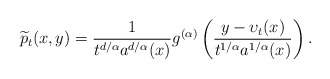
\begin{align*}\widetilde p_t(x,y)= \frac{1}{t^{d/\alpha}a^{d/\alpha}(x)}g^{(\alpha)}\left({y-\upsilon_t(x)\over t^{1/\alpha}a^{1/\alpha}(x)}\right).\end{align*}